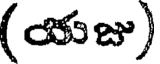
(యజు)